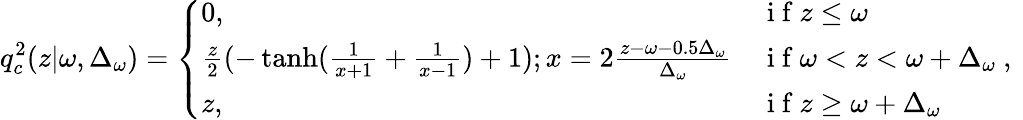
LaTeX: q_{c}^{2}(z|\omega,\Delta_{\omega})=\left\{ \begin{array}{ll}{0,}&{\mathrm{~i~f~}z\leq\omega}\\ {\frac{z}{2}(-\operatorname{tanh}(\frac{1}{x+1}+\frac{1}{x-1})+1);x=2\frac{z-\omega-0.5\Delta_{\omega}}{\Delta_{\omega}}}&{\mathrm{~i~f~}\omega<z<\omega+\Delta_{\omega}}\\ {z,}&{\mathrm{~i~f~}z\geq\omega+\Delta_{\omega}}\end{array}\right.\mathrm{~,~}